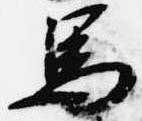
馬